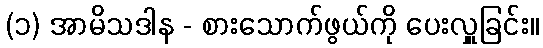
(၁) အာမိသဒါန - စားသောက်ဖွယ်ကို ပေးလှူခြင်း။